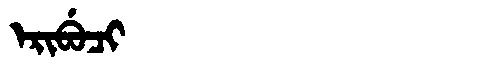
Manchu: ᡝᡵᡳᠪᡠᠴᡳ
Romanization: ERIBUCI